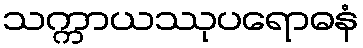
သက္ကာယဿုပရောဓနံ